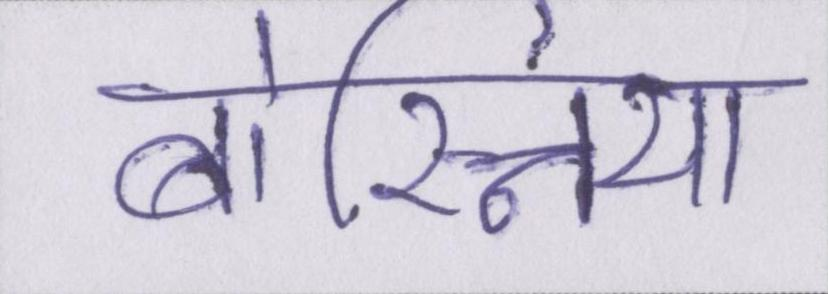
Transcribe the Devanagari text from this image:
बोस्निया